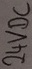
Text: 24VDC